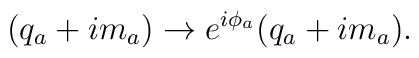
(q_a + i m_a) \rightarrow e^{i\phi_a}(q_a + i m_a).